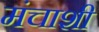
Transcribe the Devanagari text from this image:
मंचाशी